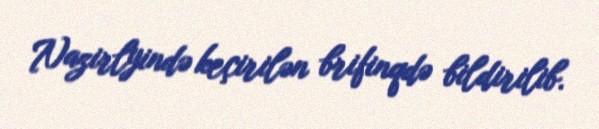
Nazirlyində keçirilən brifinqdə bildirilib.